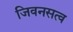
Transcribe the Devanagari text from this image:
जिवनसत्व